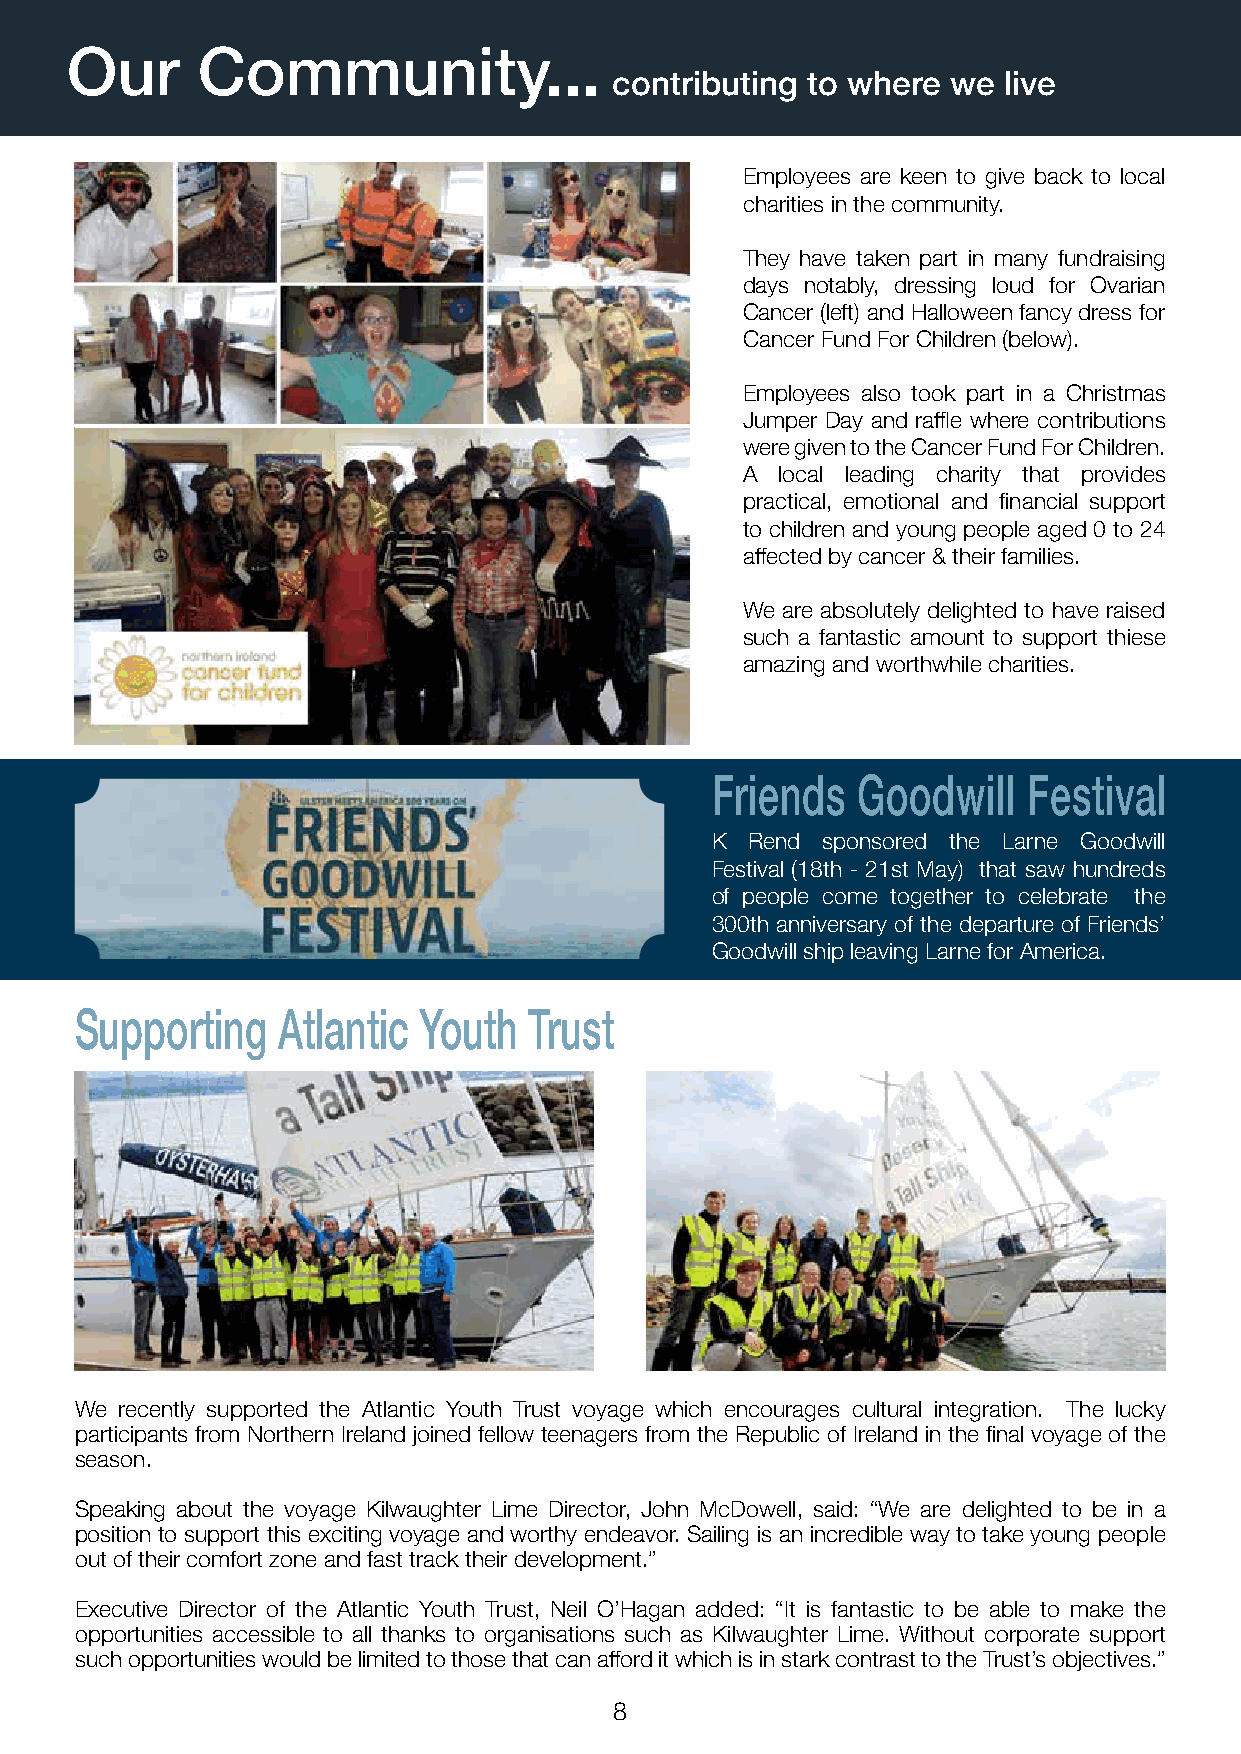
Our      Community...
 Our      Community...                contributing to where we live
 contributing to where  we live
 Employees are keen to give back to local
 charities in the community.
 They have taken part in many fundraising
 days notably, dressing loud for Ovarian
 Cancer (left) and Halloween fancy dress for
 Cancer Fund For Children (below).
 Employees also took part in a Christmas
 Jumper Day and raffle where contributions
 were given to the Cancer Fund For Children.
 A  local leading charity that provides
 practical, emotional and financial support
 to children and young people aged 0 to 24
 affected by cancer & their families.
 We are absolutely delighted to have raised
 such a fantastic amount to support thiese
 amazing and worthwhile charities.
 Friends   Goodwill   Festival
 K  Rend sponsored the Larne Goodwill
 Festival (18th - 21st May) that saw hundreds
 of people come together to celebrate the
 300th anniversary of the departure of Friends’
 Goodwill ship leaving Larne for America.
 Supporting   Atlantic  Youth  Trust
 We recently supported the Atlantic Youth Trust voyage which encourages cultural integration. The lucky
 participants from Northern Ireland joined fellow teenagers from the Republic of Ireland in the final voyage of the
 season.
 Speaking about the voyage Kilwaughter Lime Director, John McDowell, said: “We are delighted to be in a
 position to support this exciting voyage and worthy endeavor. Sailing is an incredible way to take young people
 out of their comfort zone and fast track their development.”
 Executive Director of the Atlantic Youth Trust, Neil O’Hagan added: “It is fantastic to be able to make the
 opportunities accessible to all thanks to organisations such as Kilwaughter Lime. Without corporate support
 such opportunities would be limited to those that can afford it which is in stark contrast to the Trust’s objectives.”
 8